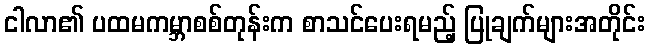
ငါလာ၏ ပထမကမ္ဘာစစ်တုန်းက စာသင်ပေးရမည့် ပြုချက်များအတိုင်း